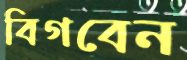
বিগবেন